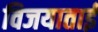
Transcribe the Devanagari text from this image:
विजयाताई